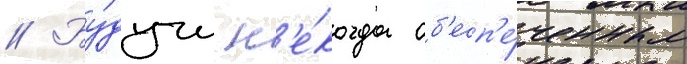
// Бу́дучи н'е́когда об'есп'е́ченным